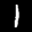
Label: 1